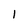
Character: 1